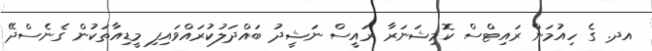
އދ. ގެ ހިއުމަން ރައިޓްސް ކޮމިޝަނަރާ ރައީސް ނަޝީދު ބައްދަލުކުރައްވައިފި މީޑިއާތަކުން ގެނެސްދޭ